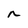
Character: n